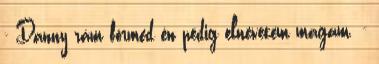
- Danny rám förmed én pedig elnevetem magam. -